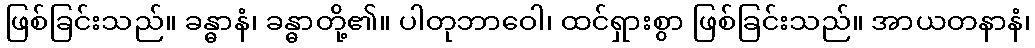
ဖြစ်ခြင်းသည်။ ခန္ဓာနံ၊ ခန္ဓာတို့၏။ ပါတုဘာဝေါ၊ ထင်ရှားစွာ ဖြစ်ခြင်းသည်။ အာယတနာနံ၊